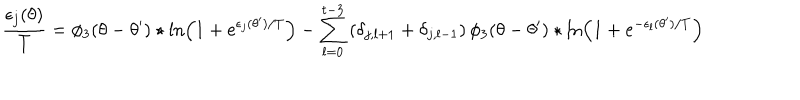
{ \frac { \epsilon _ { j } ( \theta ) } { T } } = \phi _ { 3 } ( \theta - \theta ^ { \prime } ) \star \ln \left( 1 + e ^ { \epsilon _ { j } ( \theta ^ { \prime } ) / T } \right) - \sum _ { l = 0 } ^ { t - 3 } \left( \delta _ { j , l + 1 } + \delta _ { j , l - 1 } \right) \phi _ { 3 } ( \theta - \theta ^ { \prime } ) \star \ln \left( 1 + e ^ { - \epsilon _ { l } ( \theta ^ { \prime } ) / T } \right)